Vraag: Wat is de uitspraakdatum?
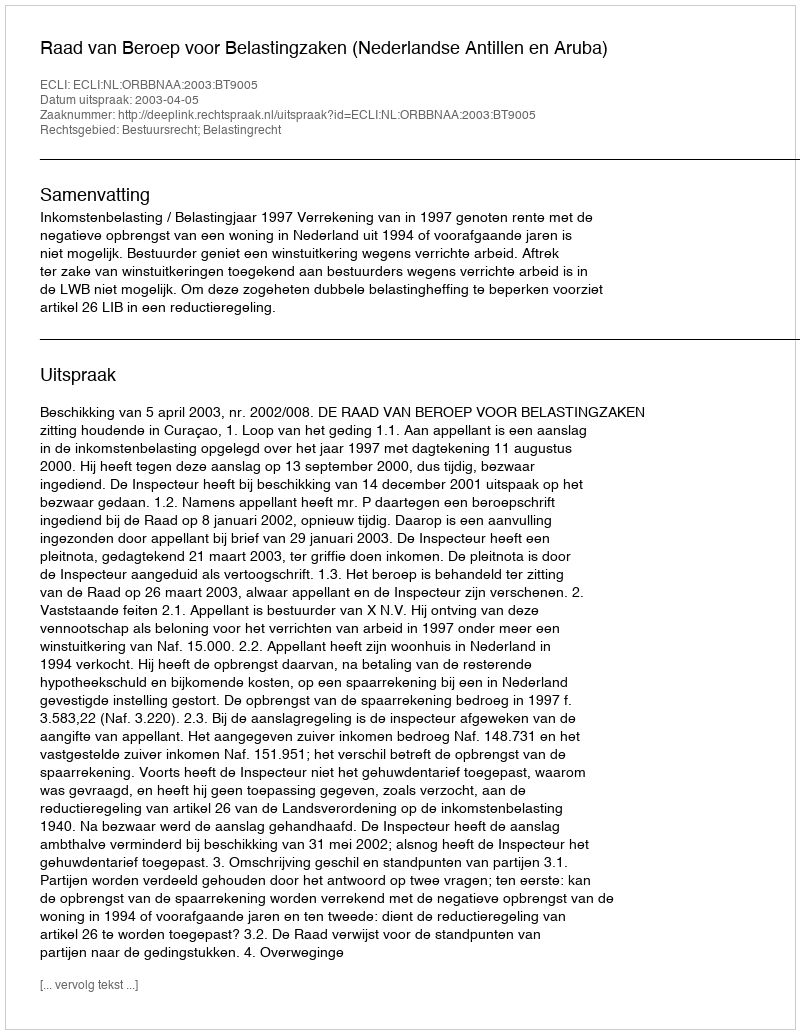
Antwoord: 2003-04-05